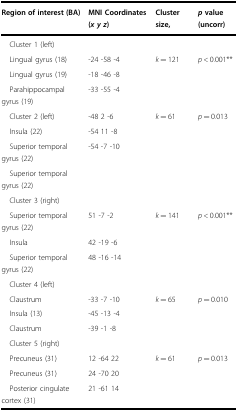
<table><thead><tr><td><b>Region of interest (BA)</b></td><td><b>MNI Coordinates (<i>x</i><i>y</i><i>z</i>)</b></td><td><b>Cluster size,</b></td><td><b><i>p</i> value (uncorr)</b></td></tr></thead><tbody><tr><td colspan="4"> Cluster 1 (left)</td></tr><tr><td> Lingual gyrus (18)</td><td>-24 -58 -4</td><td rowspan="3"><i>k</i> = 121</td><td rowspan="3"><i>p</i> &lt; 0.001**</td></tr><tr><td> Lingual gyrus (19)</td><td>-18 -46 -8</td></tr><tr><td> Parahippocampal gyrus (19)</td><td>-33 -55 -4</td></tr><tr><td> Cluster 2 (left)</td><td>-48 2 -6</td><td rowspan="3"><i>k</i> = 61</td><td rowspan="3"><i>p</i> = 0.013</td></tr><tr><td> Insula (22)</td><td>-54 11 -8</td></tr><tr><td> Superior temporal gyrus (22)</td><td>-54 -7 -10</td></tr><tr><td> Superior temporal gyrus (22)</td><td></td><td></td><td></td></tr><tr><td colspan="4"> Cluster 3 (right)</td></tr><tr><td> Superior temporal gyrus (22)</td><td>51 -7 -2</td><td rowspan="3"><i>k</i> = 141</td><td rowspan="3"><i>p</i> &lt; 0.001**</td></tr><tr><td> Insula</td><td>42 -19 -6</td></tr><tr><td> Superior temporal gyrus (22)</td><td>48 -16 -14</td></tr><tr><td colspan="4"> Cluster 4 (left)</td></tr><tr><td> Claustrum</td><td>-33 -7 -10</td><td rowspan="3"><i>k</i> = 65</td><td rowspan="3"><i>p</i> = 0.010</td></tr><tr><td> Insula (13)</td><td>-45 -13 -4</td></tr><tr><td> Claustrum</td><td>-39 -1 -8</td></tr><tr><td colspan="4"> Cluster 5 (right)</td></tr><tr><td> Precuneus (31)</td><td>12 -64 22</td><td rowspan="3"><i>k</i> = 61</td><td rowspan="3"><i>p</i> = 0.013</td></tr><tr><td> Precuneus (31)</td><td>24 -70 20</td></tr><tr><td> Posterior cingulate cortex (31)</td><td>21 -61 14</td></tr></tbody></table>